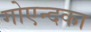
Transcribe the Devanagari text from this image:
गोएन्दका